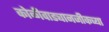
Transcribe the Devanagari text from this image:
कोळीवाड्यानजीकच्या